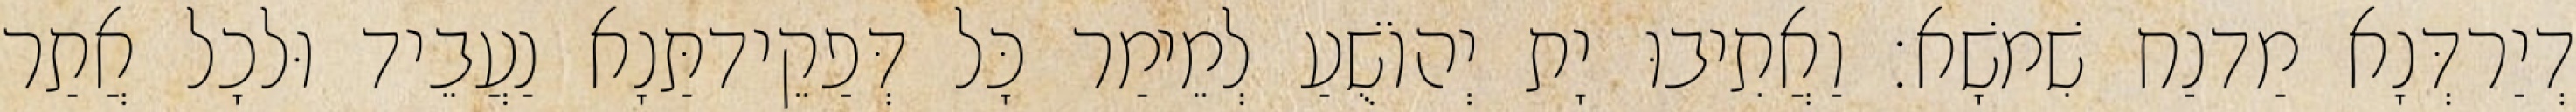
דְיַרדְּנָא מַדנַח שִׁמשָׁא׃ וַאֲתִיבוּ יָת יְהוֹשֻׁעַ לְמֵימַר כָּל דְּפַקֵידתַּנָא נַעֲבֵיד וּלכָל אֲתַר